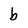
Character: b